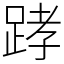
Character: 踍